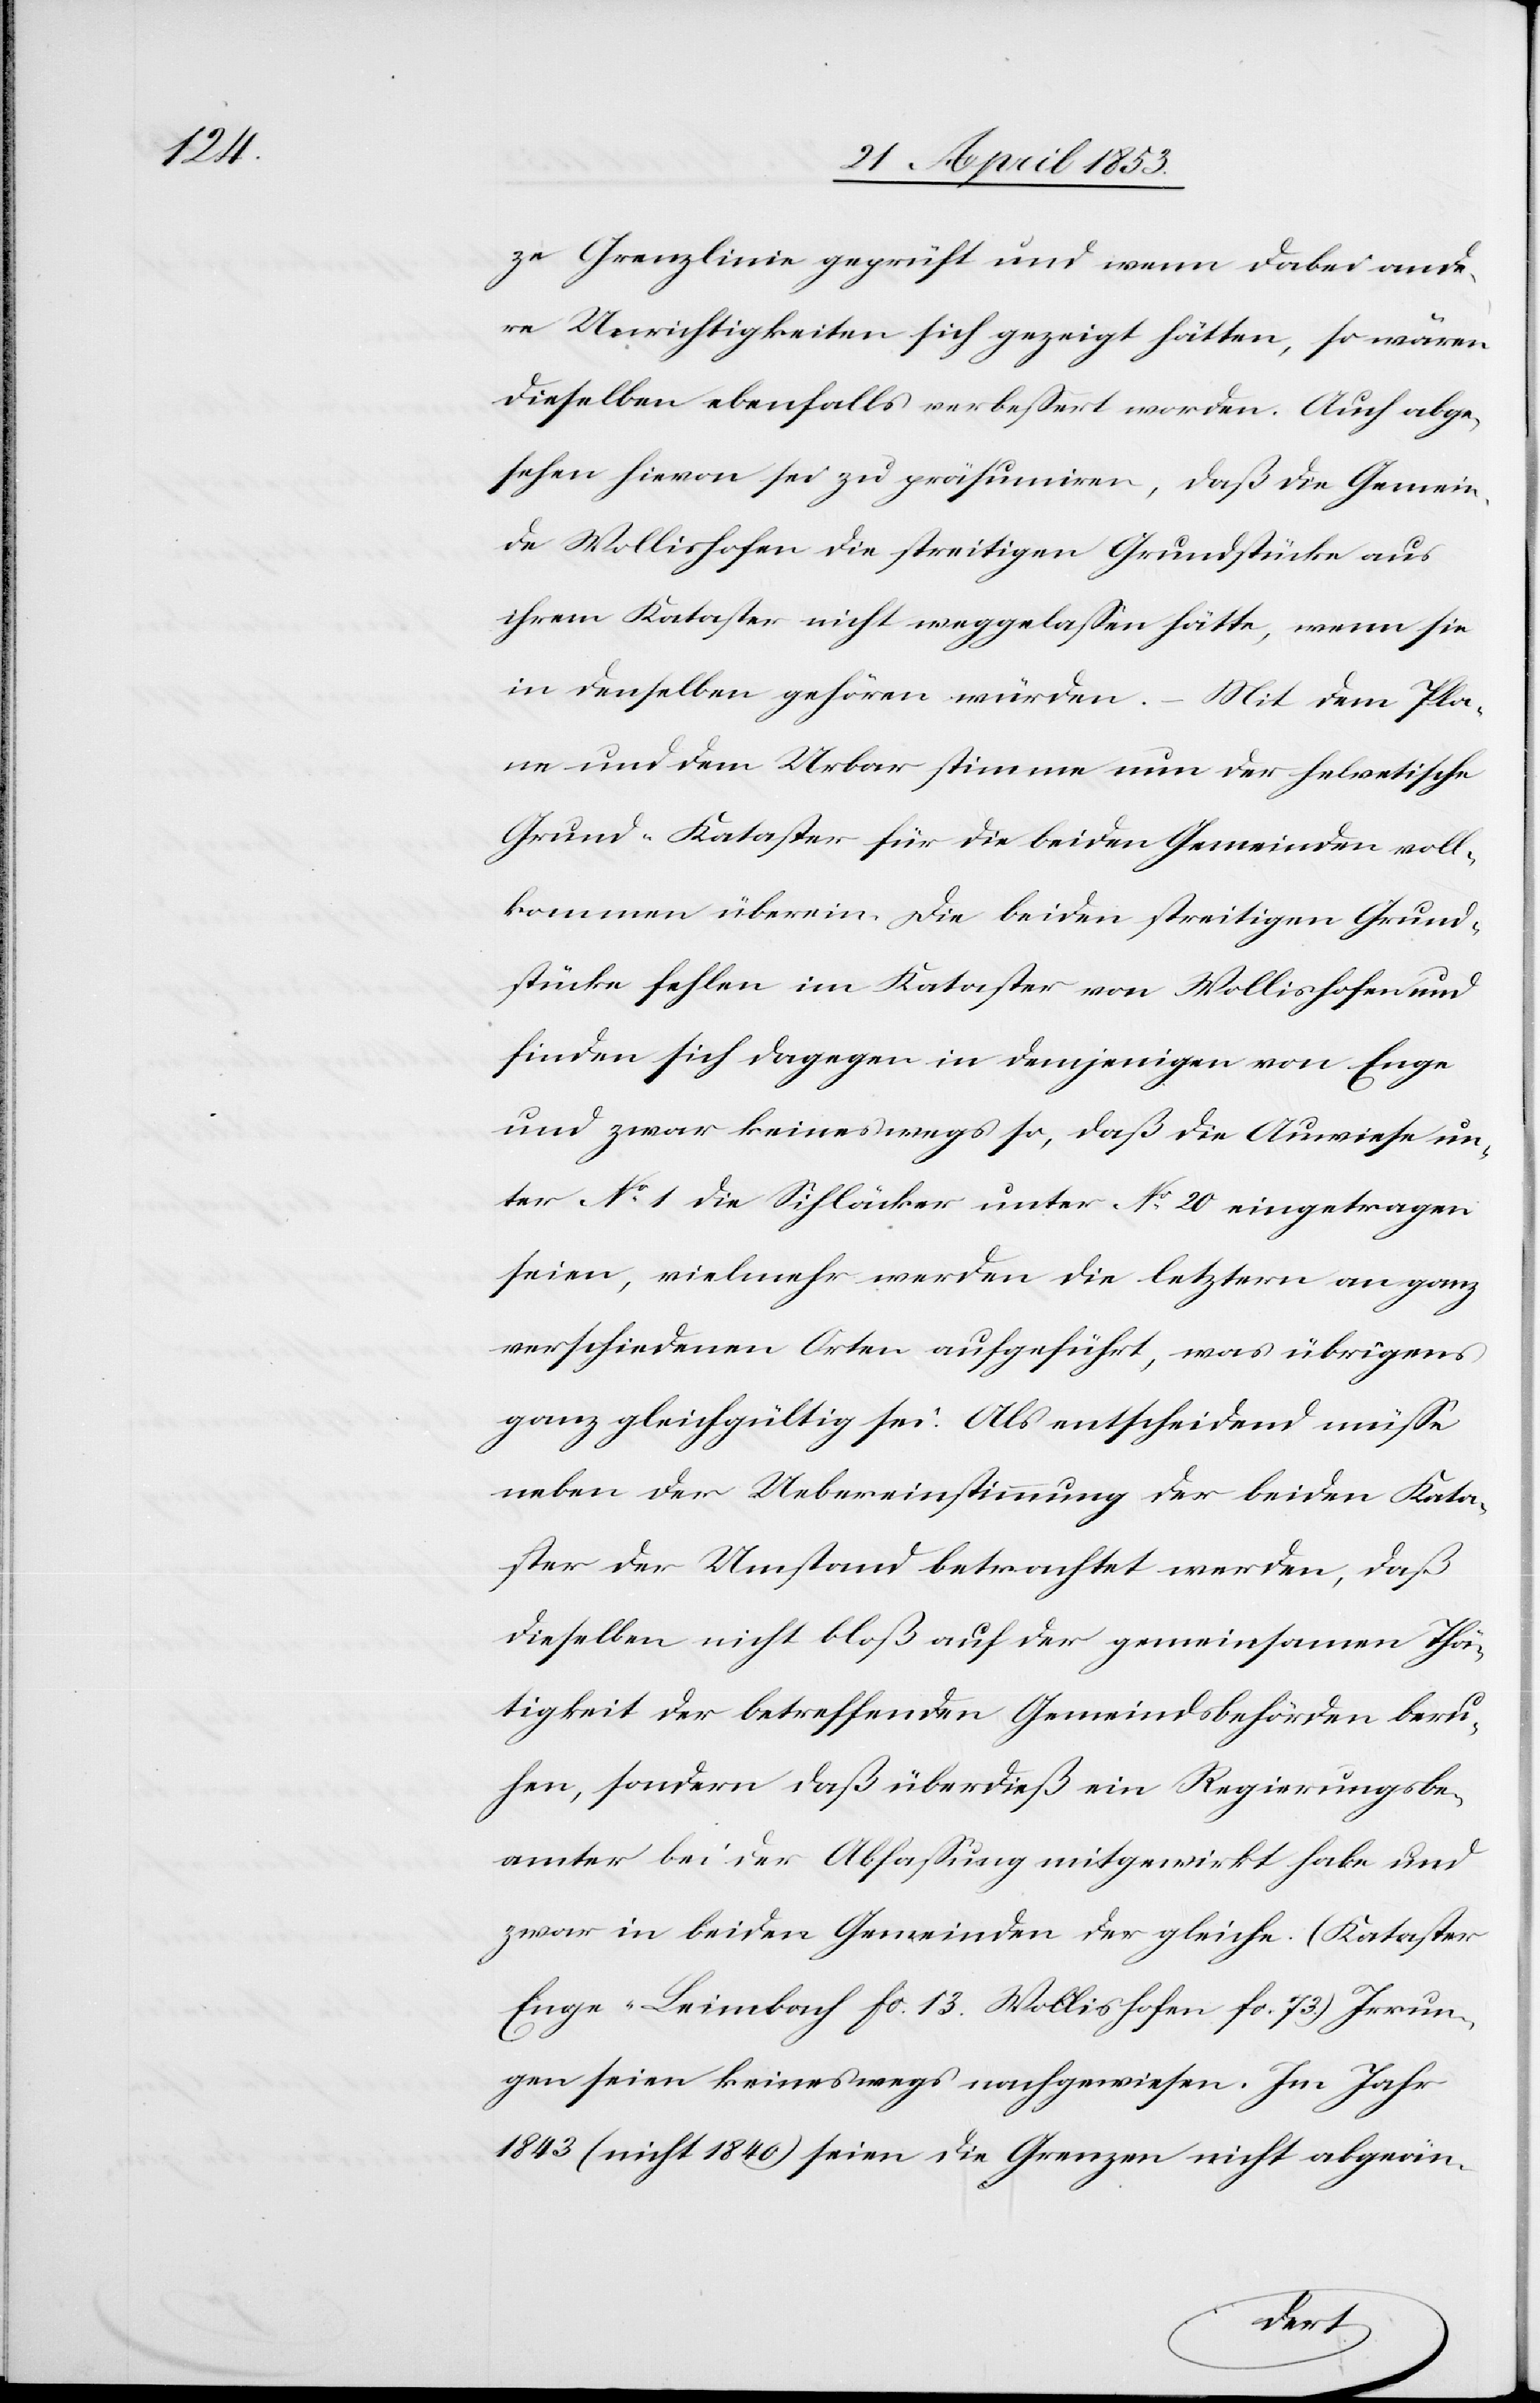
ze Grenzlinie geprüft und wenn dabei ande¬
re Unrichtigkeiten sich gezeigt hätten, so wären
dieselben allenfalls verbeßert worden. Auch abge¬
sehen hievon sei zu präsumiren, daß die Gemein¬
de Wollishofen die streitigen Grundstücke aus
ihrem Kataster nicht weggelaßen hätte, wenn sie
in denselben gehören würden.
Mit dem Pla¬
ne und dem Urbar stimmen nun der helvetische
Grund-Kataster für die beiden Gemeinden voll¬
kommen überein. Die beiden streitigen Grund¬
stücke fehlen im Kataster von Wollishofen und
finden sich dagegen in demjenigen von Enge
und zwar keineswegs so, daß die Auwiese un¬
ter N°. 1 die Sihläcker unter N°. 20 eingetragen
seien, vielmehr werden die letztern an ganz
verschiedenen Orten aufgeführt, was übrigens
ganz gleichgültig sei. Als entscheidend müße
neben der Uebereinstimmung der beiden Kata¬
ster der Umstand betrachtet werden, daß
dieselben nicht bloß auf der gemeinsamen Thä¬
tigkeit der betreffenden Gemeindsbehörden beru¬
hen, sondern daß überdieß ein Regierungsbe¬
amter bei der Abfaßung mitgewirkt habe und
zwar in beiden Gemeinden der gleiche. (Kataster
Enge-Leimbach fo. 13 Wollishofen fo. 73) Irrun¬
gen seien keineswegs nachgewiesen. Im Jahr
1843 (nicht 1840) seien die Grenzen nicht abgeän-